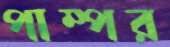
পাম্পর